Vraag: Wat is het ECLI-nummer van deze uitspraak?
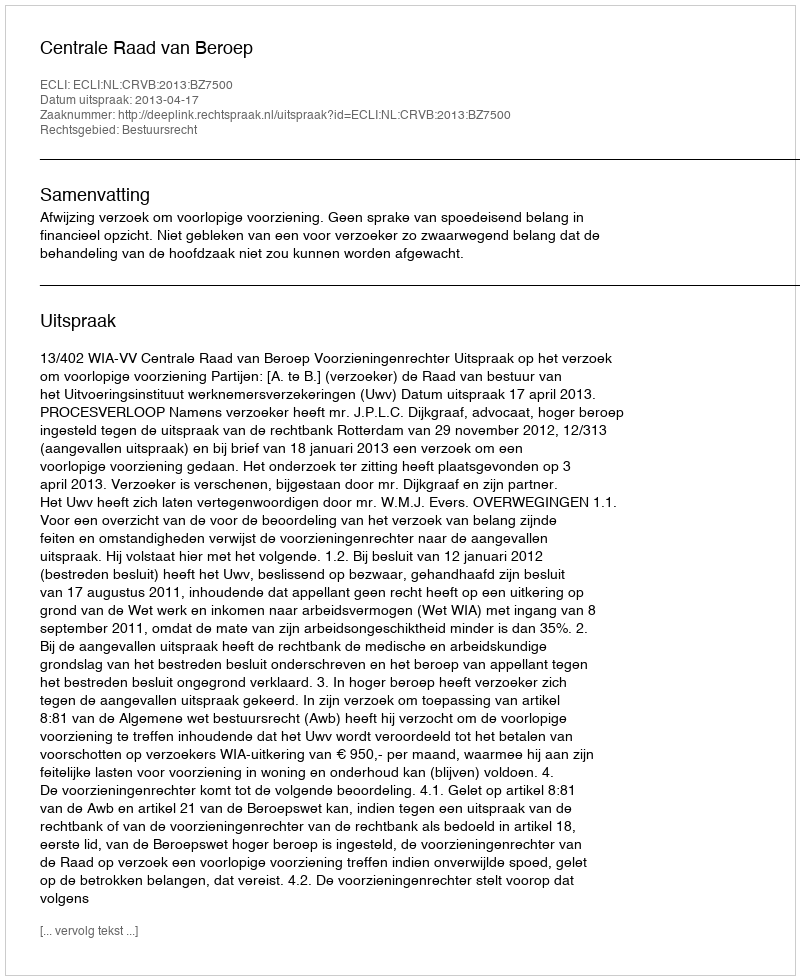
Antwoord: ECLI:NL:CRVB:2013:BZ7500